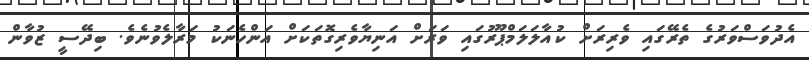
އެދުވަސްވަރުގެ ތެރޭގައި ވެރިރަށް ކުއާލަލަމްޕޫރުގައި ވަރަށް އަނިޔާވެރިގޮތަކަށް އަންހެނަކު މަރާލެވުނެވެ. ބިދޭސީ ޒުވާން